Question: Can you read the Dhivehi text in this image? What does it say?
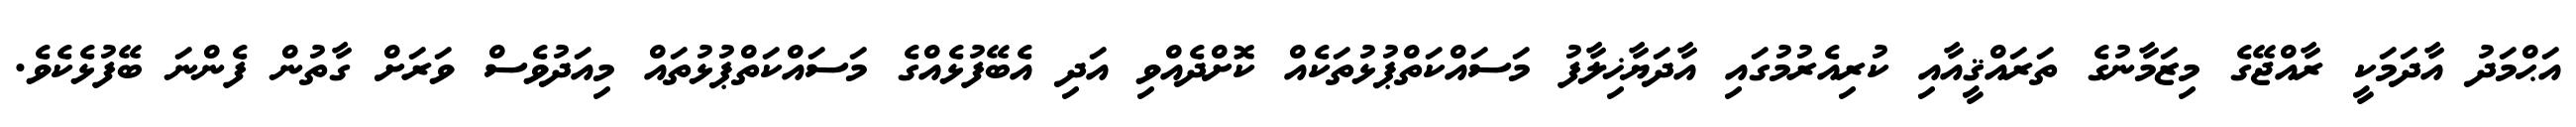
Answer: އަޙްމަދު އާދަމަކީ ރާއްޖޭގެ މިޒަމާނުގެ ތަރައްޤީއާއި ކުރިއެރުމުގައި އާދަޔާޚިލާފު މަސައްކަތްޕުޅުތަކެއް ކޮށްދެއްވި އަދި އެބޭފުޅެއްގެ މަސައްކަތްޕުޅުތައް މިއަދުވެސް ވަރަށް ގާތުން ފެންނަ ބޭފުޅެކެވެ.